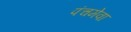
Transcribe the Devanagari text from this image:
पंचमेवा